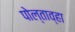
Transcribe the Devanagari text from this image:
पोल्ताव्हा